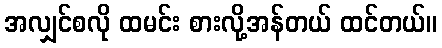
အလျှင်စလို ထမင်း စားလို့အန်တယ် ထင်တယ်။